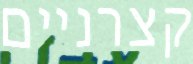
קצרניים